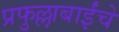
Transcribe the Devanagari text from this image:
प्रफुल्लाबाईंचे